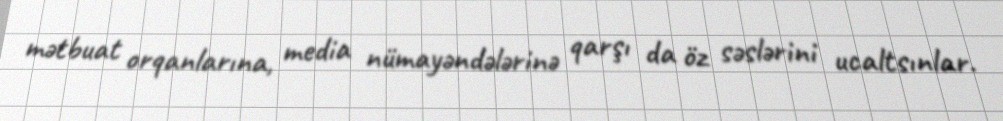
mətbuat orqanlarına, media nümayəndələrinə qarşı da öz səslərini ucaltsınlar.